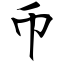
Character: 币